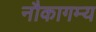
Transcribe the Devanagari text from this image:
नौकागम्य